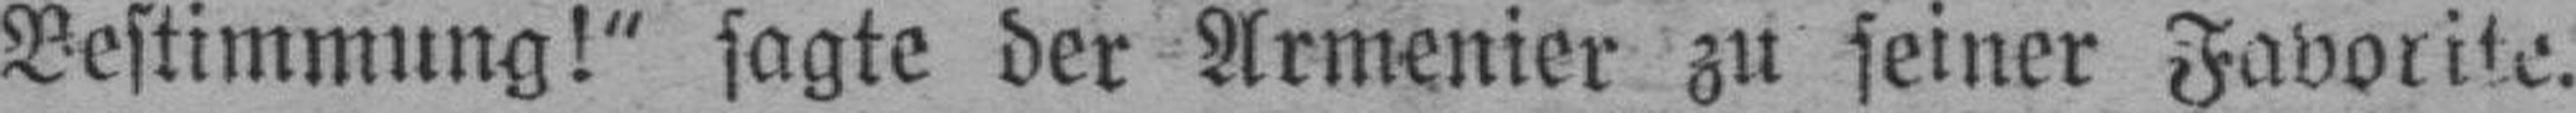
Bestimmung!“ sagte der Armenier zu seiner Favorite.